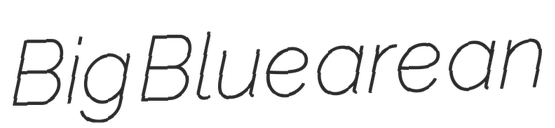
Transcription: Big Blue are an